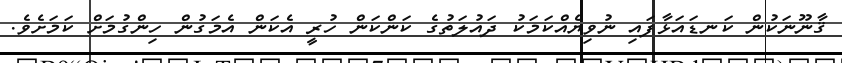
ޤާނޫނަކުން ކަނޑައަޅާފައި ނުވިޔެއްކަމަކު ދައުލަތުގެ ކަންކަން ހުރީ އެކަން އެމަގުން ހިންގުމަށް ކަމަށެވެ.